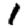
Digit: 1